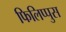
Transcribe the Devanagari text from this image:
फिलिप्पुस